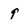
Character: 9